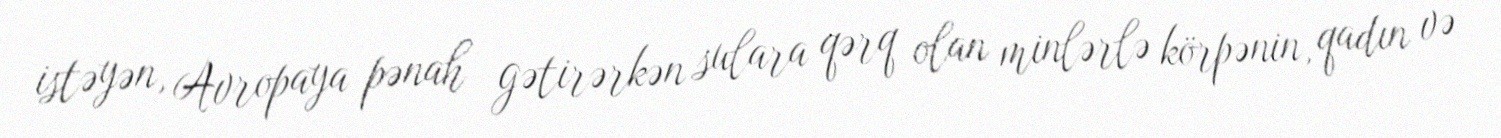
istəyən, Avropaya pənah gətirərkən sulara qərq olan minlərlə körpənin, qadın və